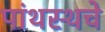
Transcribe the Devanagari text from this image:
पांथस्थचे